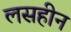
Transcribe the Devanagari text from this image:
लसहीन